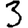
Digit: 3